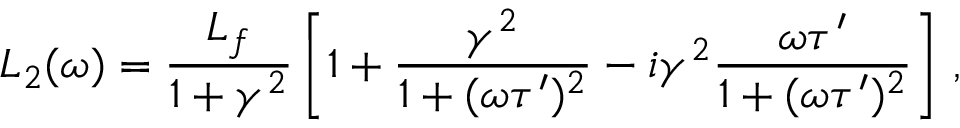
L _ { 2 } ( \omega ) = \frac { L _ { f } } { 1 + \gamma ^ { 2 } } \left[ 1 + \frac { \gamma ^ { 2 } } { 1 + ( \omega \tau ^ { \prime } ) ^ { 2 } } - i \gamma ^ { 2 } \frac { \omega \tau ^ { \prime } } { 1 + ( \omega \tau ^ { \prime } ) ^ { 2 } } \right] \, ,